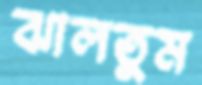
ঝালতুম